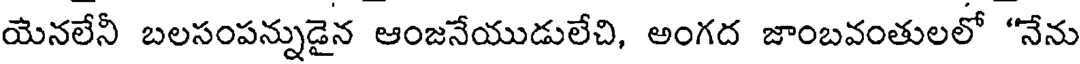
యెనలేనీ బలసంపన్నుడైన ఆంజనేయుడులేచి, అంగద జాంబవంతులలో "నేను